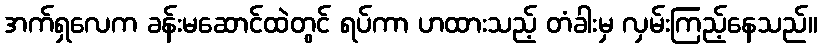
အက်ရှလေက ခန်းမဆောင်ထဲတွင် ရပ်ကာ ဟထားသည့် တံခါးမှ လှမ်းကြည့်နေသည်။